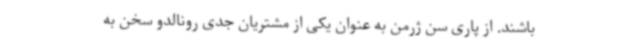
باشند. از پاری سن ژرمن به عنوان یکی از مشتریان جدی رونالدو سخن به